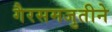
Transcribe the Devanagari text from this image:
गैरसमजुतीने